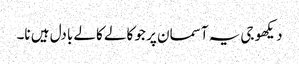
دیکھو جی یہ آسمان پر جو کالے کالے بادل ہیں نا۔